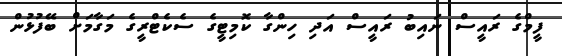
ފީމްގެ ރައީސް ނައިބު ރައީސް އަދި ހިންގާ ކޮމިޓީގެ ސެކެޓްރީގެ މަގާމަށް ބޭފުޅުން